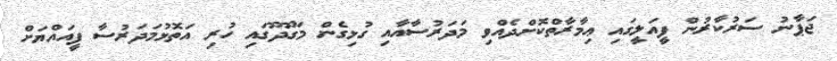
ޖަޕާނު ސަރުކާރުން ފީއަލީގައި ޢިމާރާތްކޮށްދެއްވި މަދަރުސާއާއި ގުޅިގެން މަގޫދޫގައި ހުރި އަތޮޅުމަދަރުސާ ފީއައްޔަށް